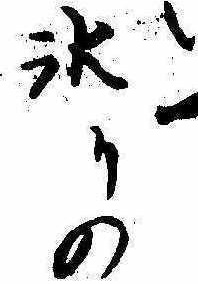
氷りの